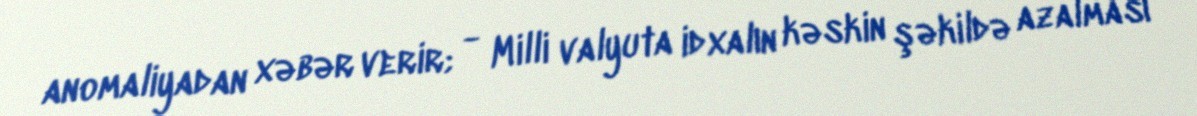
anomaliyadan xəbər verir; - Milli valyuta idxalın kəskin şəkildə azalması